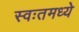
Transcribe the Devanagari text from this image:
स्वःतमध्ये